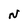
Character: N